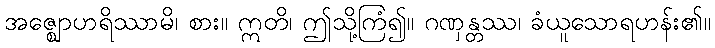
အဇ္ဈောဟရိဿာမိ၊ စား။ ဣတိ၊ ဤသို့ကြံ၍။ ဂဏှန္တဿ၊ ခံယူသောရဟန်း၏။